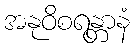
အနုဝိစရန္တာနံ